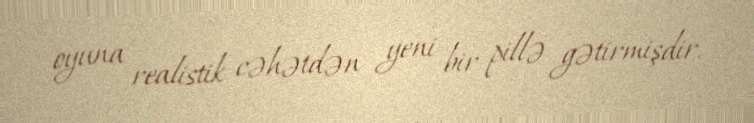
oyuna realistik cəhətdən yeni bir pillə gətirmişdir.